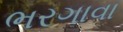
ભરગાવા